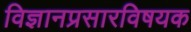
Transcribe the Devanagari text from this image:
विज्ञानप्रसारविषयक